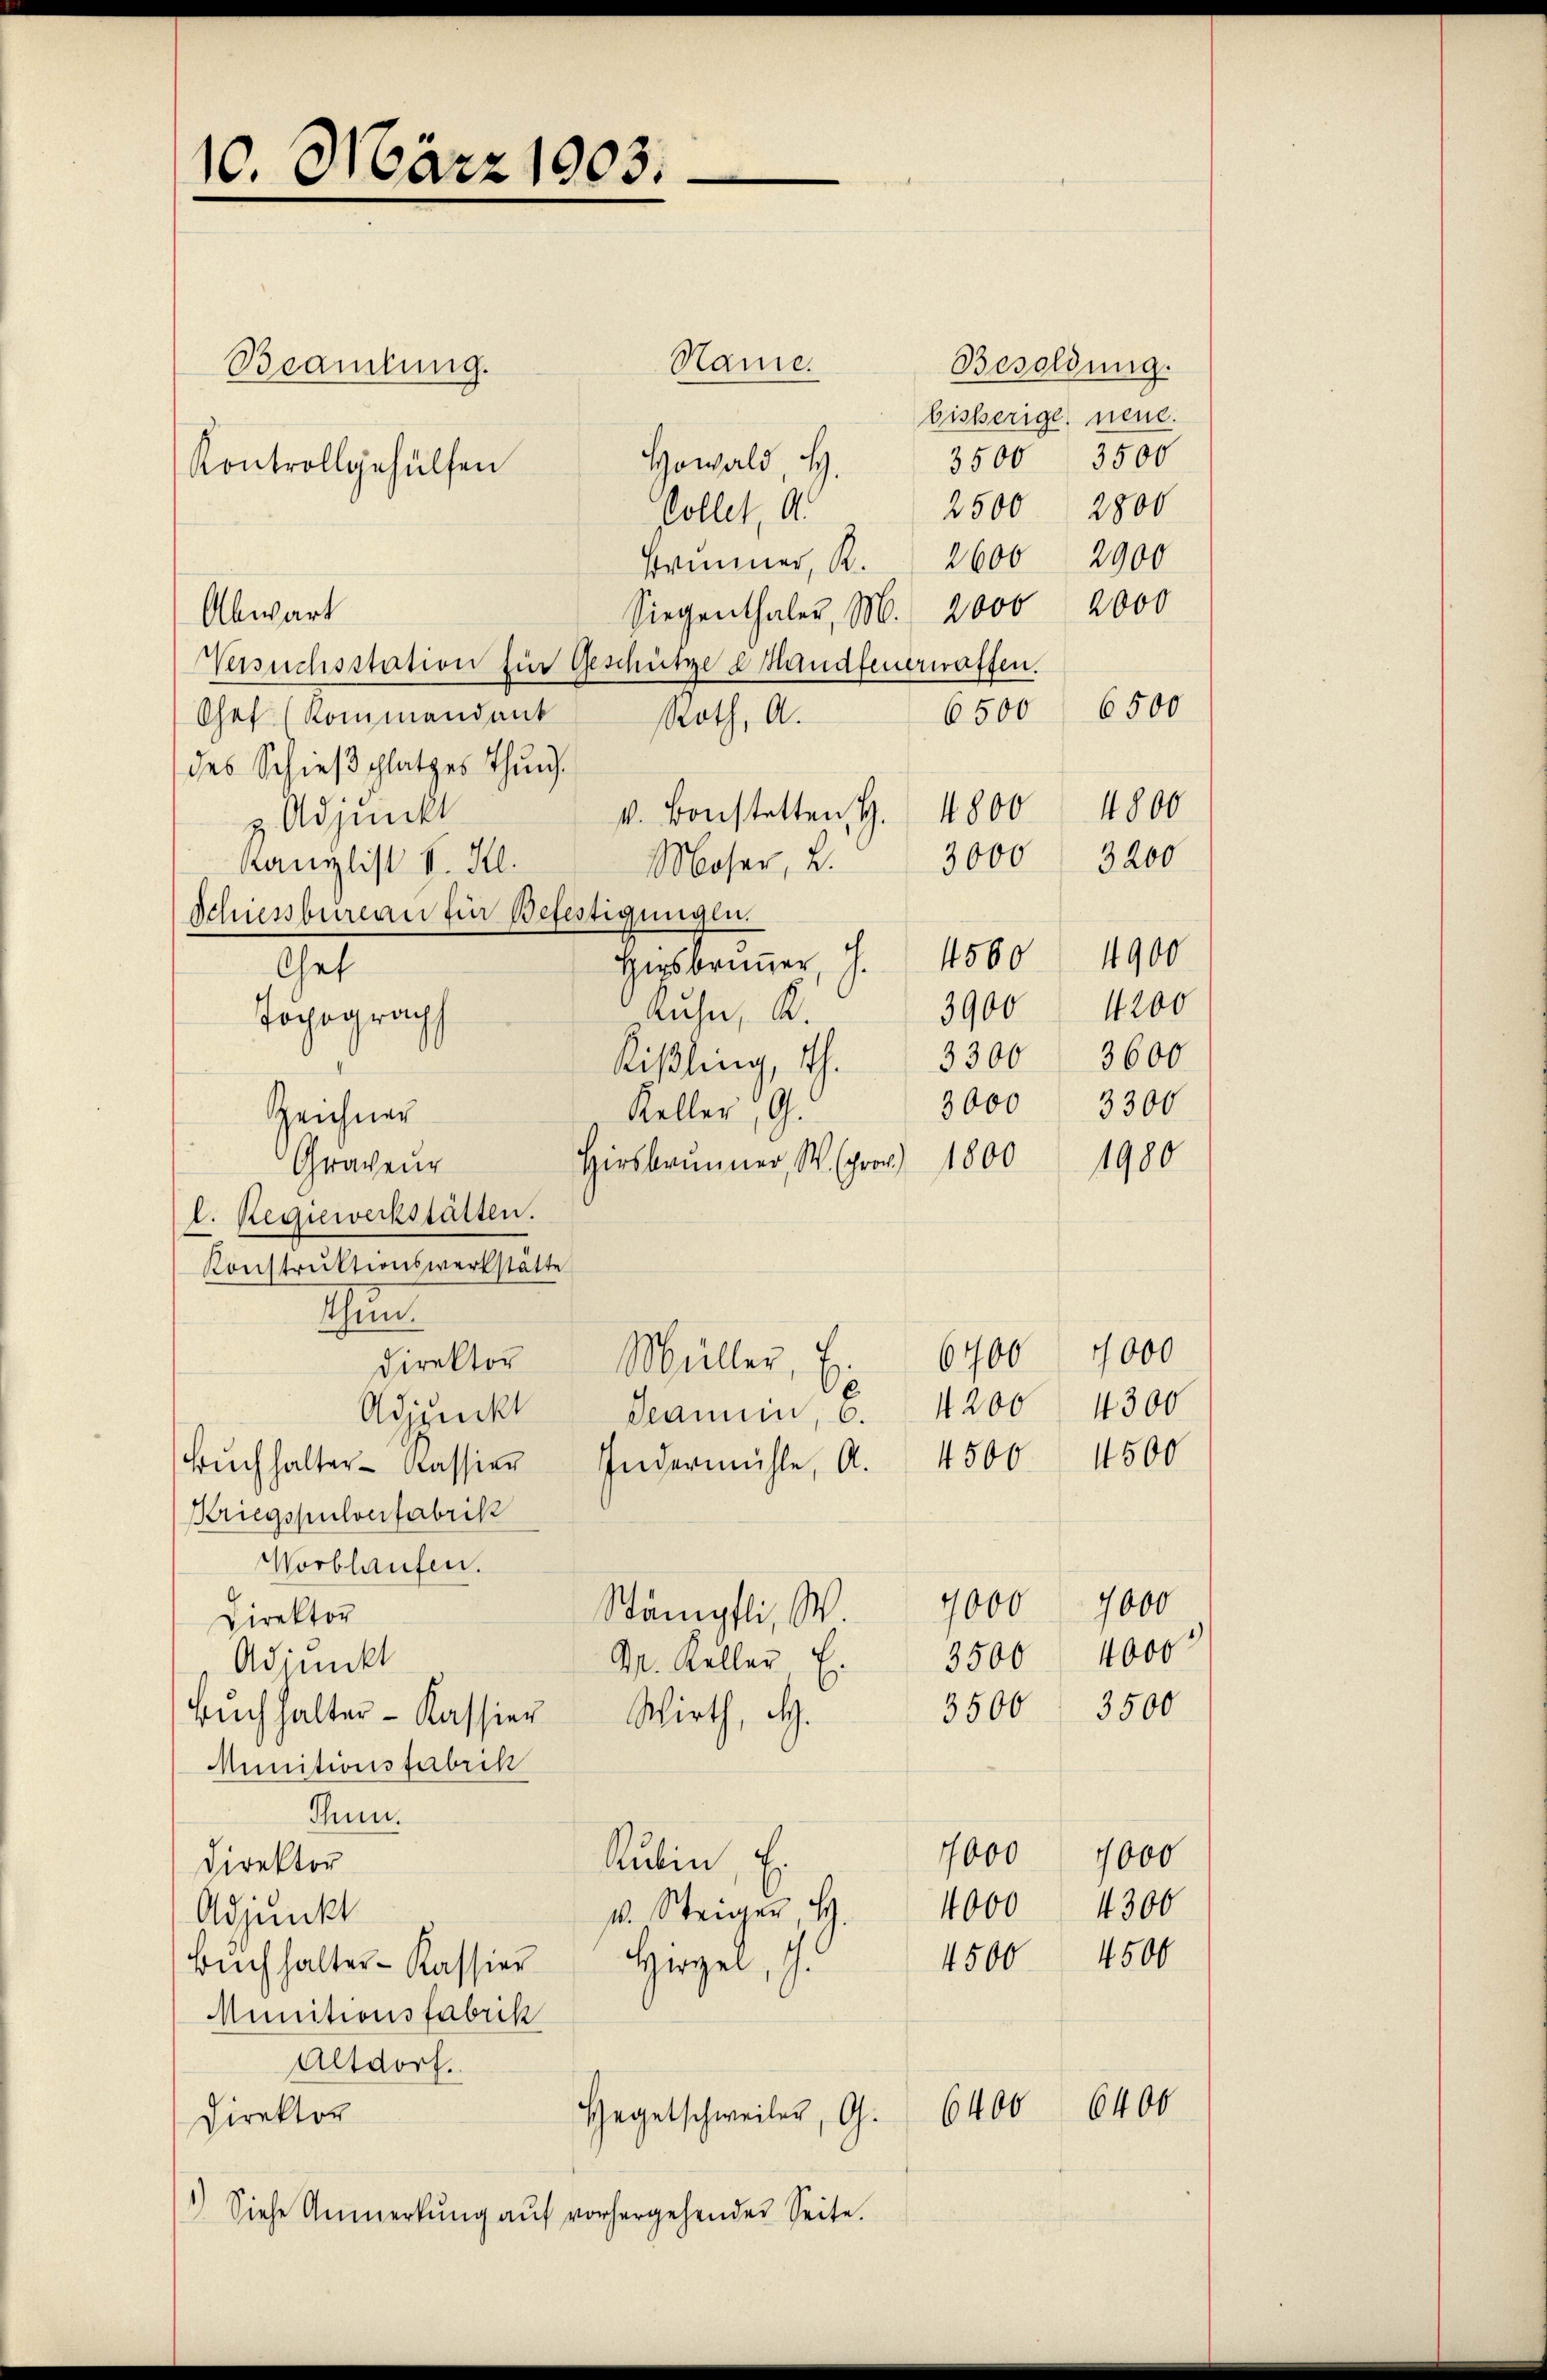
10. März 1903.

Name.
Beamtung.
Howald, H.
Kontrollgehülfen
sollet, d.
Erinner, R. 2600 2900
Siegenthaler, M. 2000 2000
Abwart
Versuchsstation für Geschütze e Handfeuerwarten.
6500
Chef (Kommandant Roth, A.
des Schieβplatzes Thun.
v. Bonstetten H. 4800
z. Adjunkt
Moser, 2. 3000
Kanzlist II. Kl.
Schiessbureau für Befestigungen.
Hersbrunner, J. 4500
Ges
Ruhn, K.
Topograph
Rißling, Th. 3300
Keller, G.
Zeichner
Hirsbrunner, W. pro 1800
Graveur
l. Regiewerkstätten.
Konstruktionswerkstätte
thun.
direktor Müller, 7. 6400
4200
Adjunkt
deammin, 6.
Bŭchhalter-Kassier Indermühle, Al. 4500 4500
Kriegspulverfabrik
Worblaufen.
7000
Stämpfli, W
Direktor
Dr. Keller
Adjunkt
Bŭchhalter-Kassier Wirth, d.
Munitionsfabrik
Thun.
Rubin, Er
Direktor
k. Steiger, H.
Adjunkt
Hirzel, I.
Bŭchhalter-Kassier
Munitionsfabrik
Altdorf.
6400
Hegetschweiler, G.
Direktor
1) Siehe Anmerkŭng aŭf vorhergehender Seite.

3900
3000

Besoldung.
bisherige neue.
3500 3500
2500 2800

3200
4900
4200
3600
3300
1980

6500

1000
4300

7000
3500 4000
3500 3500

1000 1000
4000 4300
4500 4500

4800

6400